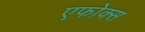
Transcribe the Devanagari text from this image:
एफोक्स